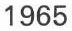
1965